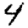
Digit: 4